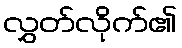
လွှတ်လိုက်၏